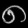
Digit: ၈